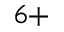
^ { 6 + }